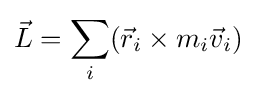
{\vec {L}}=\sum \limits _{i}({\vec {r}}_{i}\times m_{i}{\vec {v}}_{i})